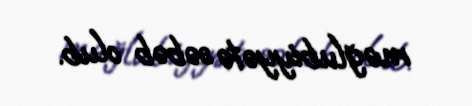
məğlubiyyətə səbəb olub.